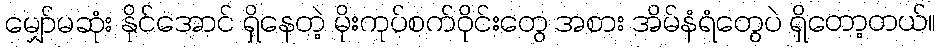
မျှော်မဆုံး နိုင်အောင် ရှိနေတဲ့ မိုးကုပ်စက်ဝိုင်းတွေ အစား အိမ်နံရံတွေပဲ ရှိတော့တယ်။